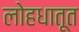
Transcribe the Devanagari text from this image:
लोहधातूत